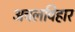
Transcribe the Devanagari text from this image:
अचलविहार